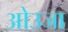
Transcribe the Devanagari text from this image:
ओउजा